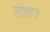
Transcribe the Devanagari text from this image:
स्टॉक्टन